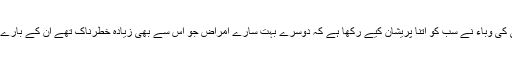
مقررین نے کہا کہ گزشتہ کچھ سالوں سے ڈینگی کی وباء نے سب کو اتنا پریشان کیے رکھا ہے کہ دوسرے بہت سارے امراض جو اس سے بھی زیادہ خطرناک تھے ان کے بارے میں شعور و آگہی کو بالکل پس پشت ڈال دیا گیا۔